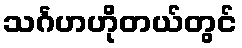
သင်္ဂဟဟိုတယ်တွင်